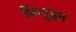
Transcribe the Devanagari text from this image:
पिन्गुइन